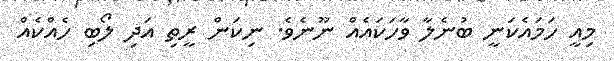
މިއީ ހަމައެކަނީ ބުނެލާ ވާހަކައެއް ނޫނެވެ. ނިކަން ރީތި އަދި ލޯބި ހެއްކެއް